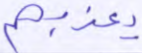
يعذبهم